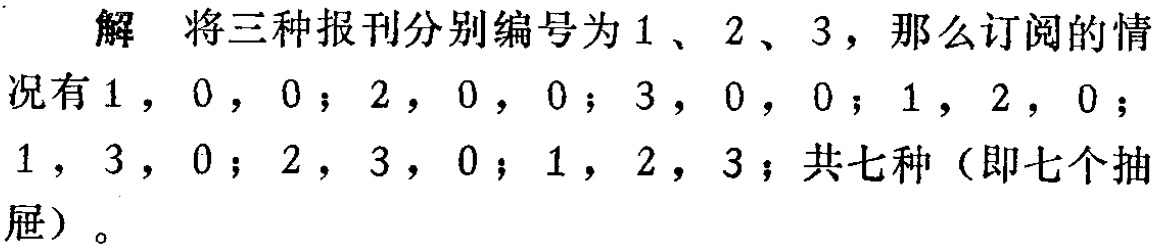
解 将三种报刊分别编号为1、2、3，那么订阅的情况有$1,0,0$；$2,0,0$；$3,0,0$；$1,2,0$；$1,3,0$；$2,3,0$；$1,2,3$；共七种（即七个抽屉）。